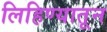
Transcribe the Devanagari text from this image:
लिहिण्यातून